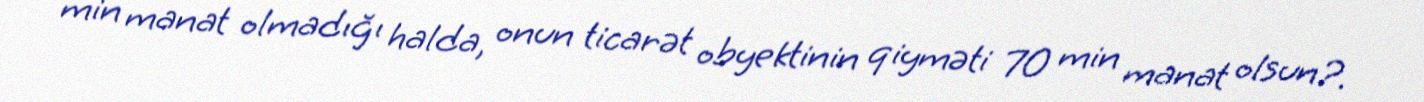
min manat olmadığı halda, onun ticarət obyektinin qiyməti 70 min manat olsun?.